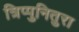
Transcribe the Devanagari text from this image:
त्रिप्पुनितुरा